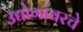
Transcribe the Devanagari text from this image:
उद्योगांवरचे